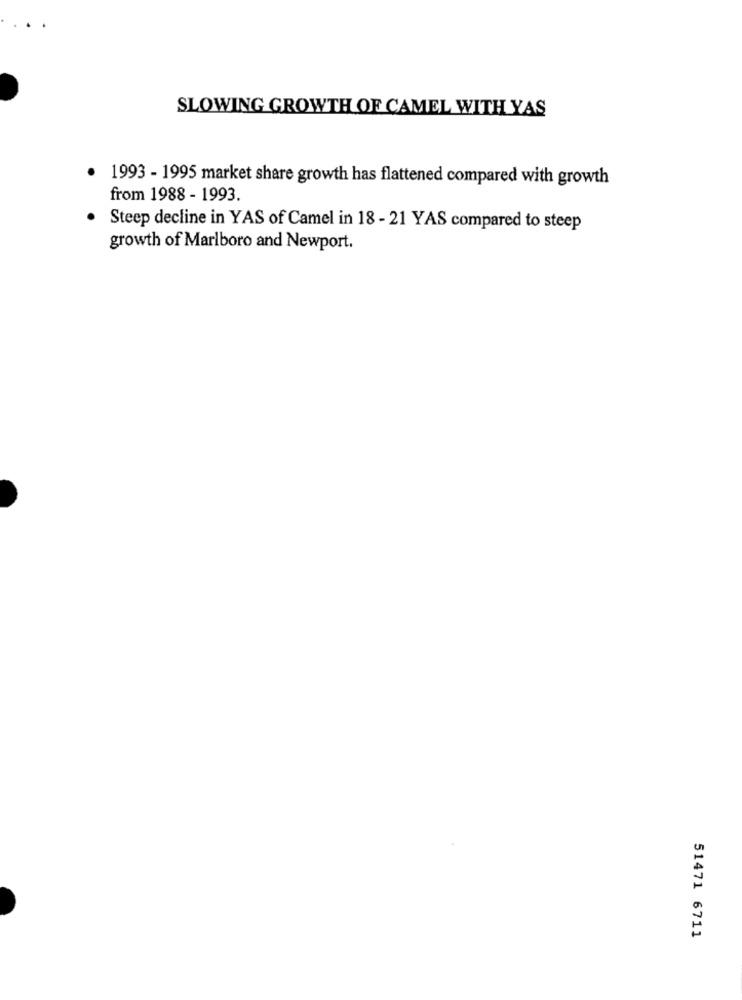
SLOWING GROWTH OF CAMEL WITH YAS
1993 - 1995 market share growth has flattened compared with growth
from 1988 - 1993.
Steep decline in YAS of Camel in 18 - 21 YAS compared to steep
growth of Marlboro and Newport.
51471 6711